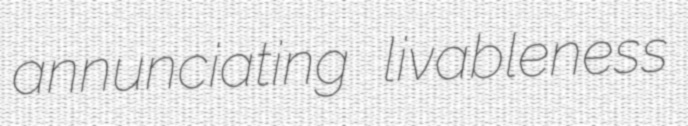
annunciating livableness